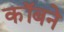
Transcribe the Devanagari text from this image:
कॉबने